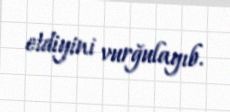
etdiyini vurğulayıb.